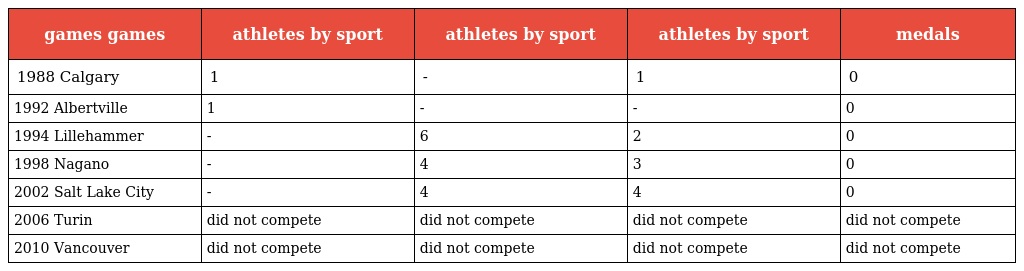
| games games | athletes by sport | athletes by sport | athletes by sport | medals |
 | --- | --- | --- | --- | --- |
 | 1988 Calgary | 1 | - | 1 | 0 |
 | 1992 Albertville | 1 | - | - | 0 |
 | 1994 Lillehammer | - | 6 | 2 | 0 |
 | 1998 Nagano | - | 4 | 3 | 0 |
 | 2002 Salt Lake City | - | 4 | 4 | 0 |
 | 2006 Turin | did not compete | did not compete | did not compete | did not compete |
 | 2010 Vancouver | did not compete | did not compete | did not compete | did not compete |